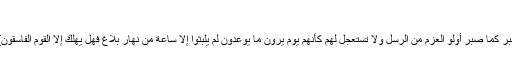
[الروم : 55]
اور فرمایا: {فَاصْبِرْ كَمَا صَبَرَ أُولُو الْعَزْمِ مِنَ الرُّسُلِ وَلَا تَسْتَعْجِلْ لَهُمْ كَأَنَّهُمْ يَوْمَ يَرَوْنَ مَا يُوعَدُونَ لَمْ يَلْبَثُوا إِلَّا سَاعَةً مِنْ نَهَارٍ بَلَاغٌ فَهَلْ يُهْلَكُ إِلَّا الْقَوْمُ الْفَاسِقُونَ} آپ صبر کریں!